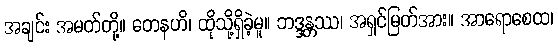
အချင်း အမတ်တို့။ တေနဟိ၊ ထိုသို့ရှိခဲ့မူ။ ဘဒ္ဒန္တဿ၊ အရှင်မြတ်အား။ အာရောစေထ၊